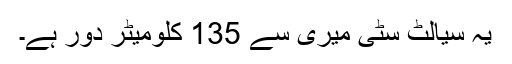
یہ سیالٹ سٹی میری سے 135 کلومیٹر دور ہے۔